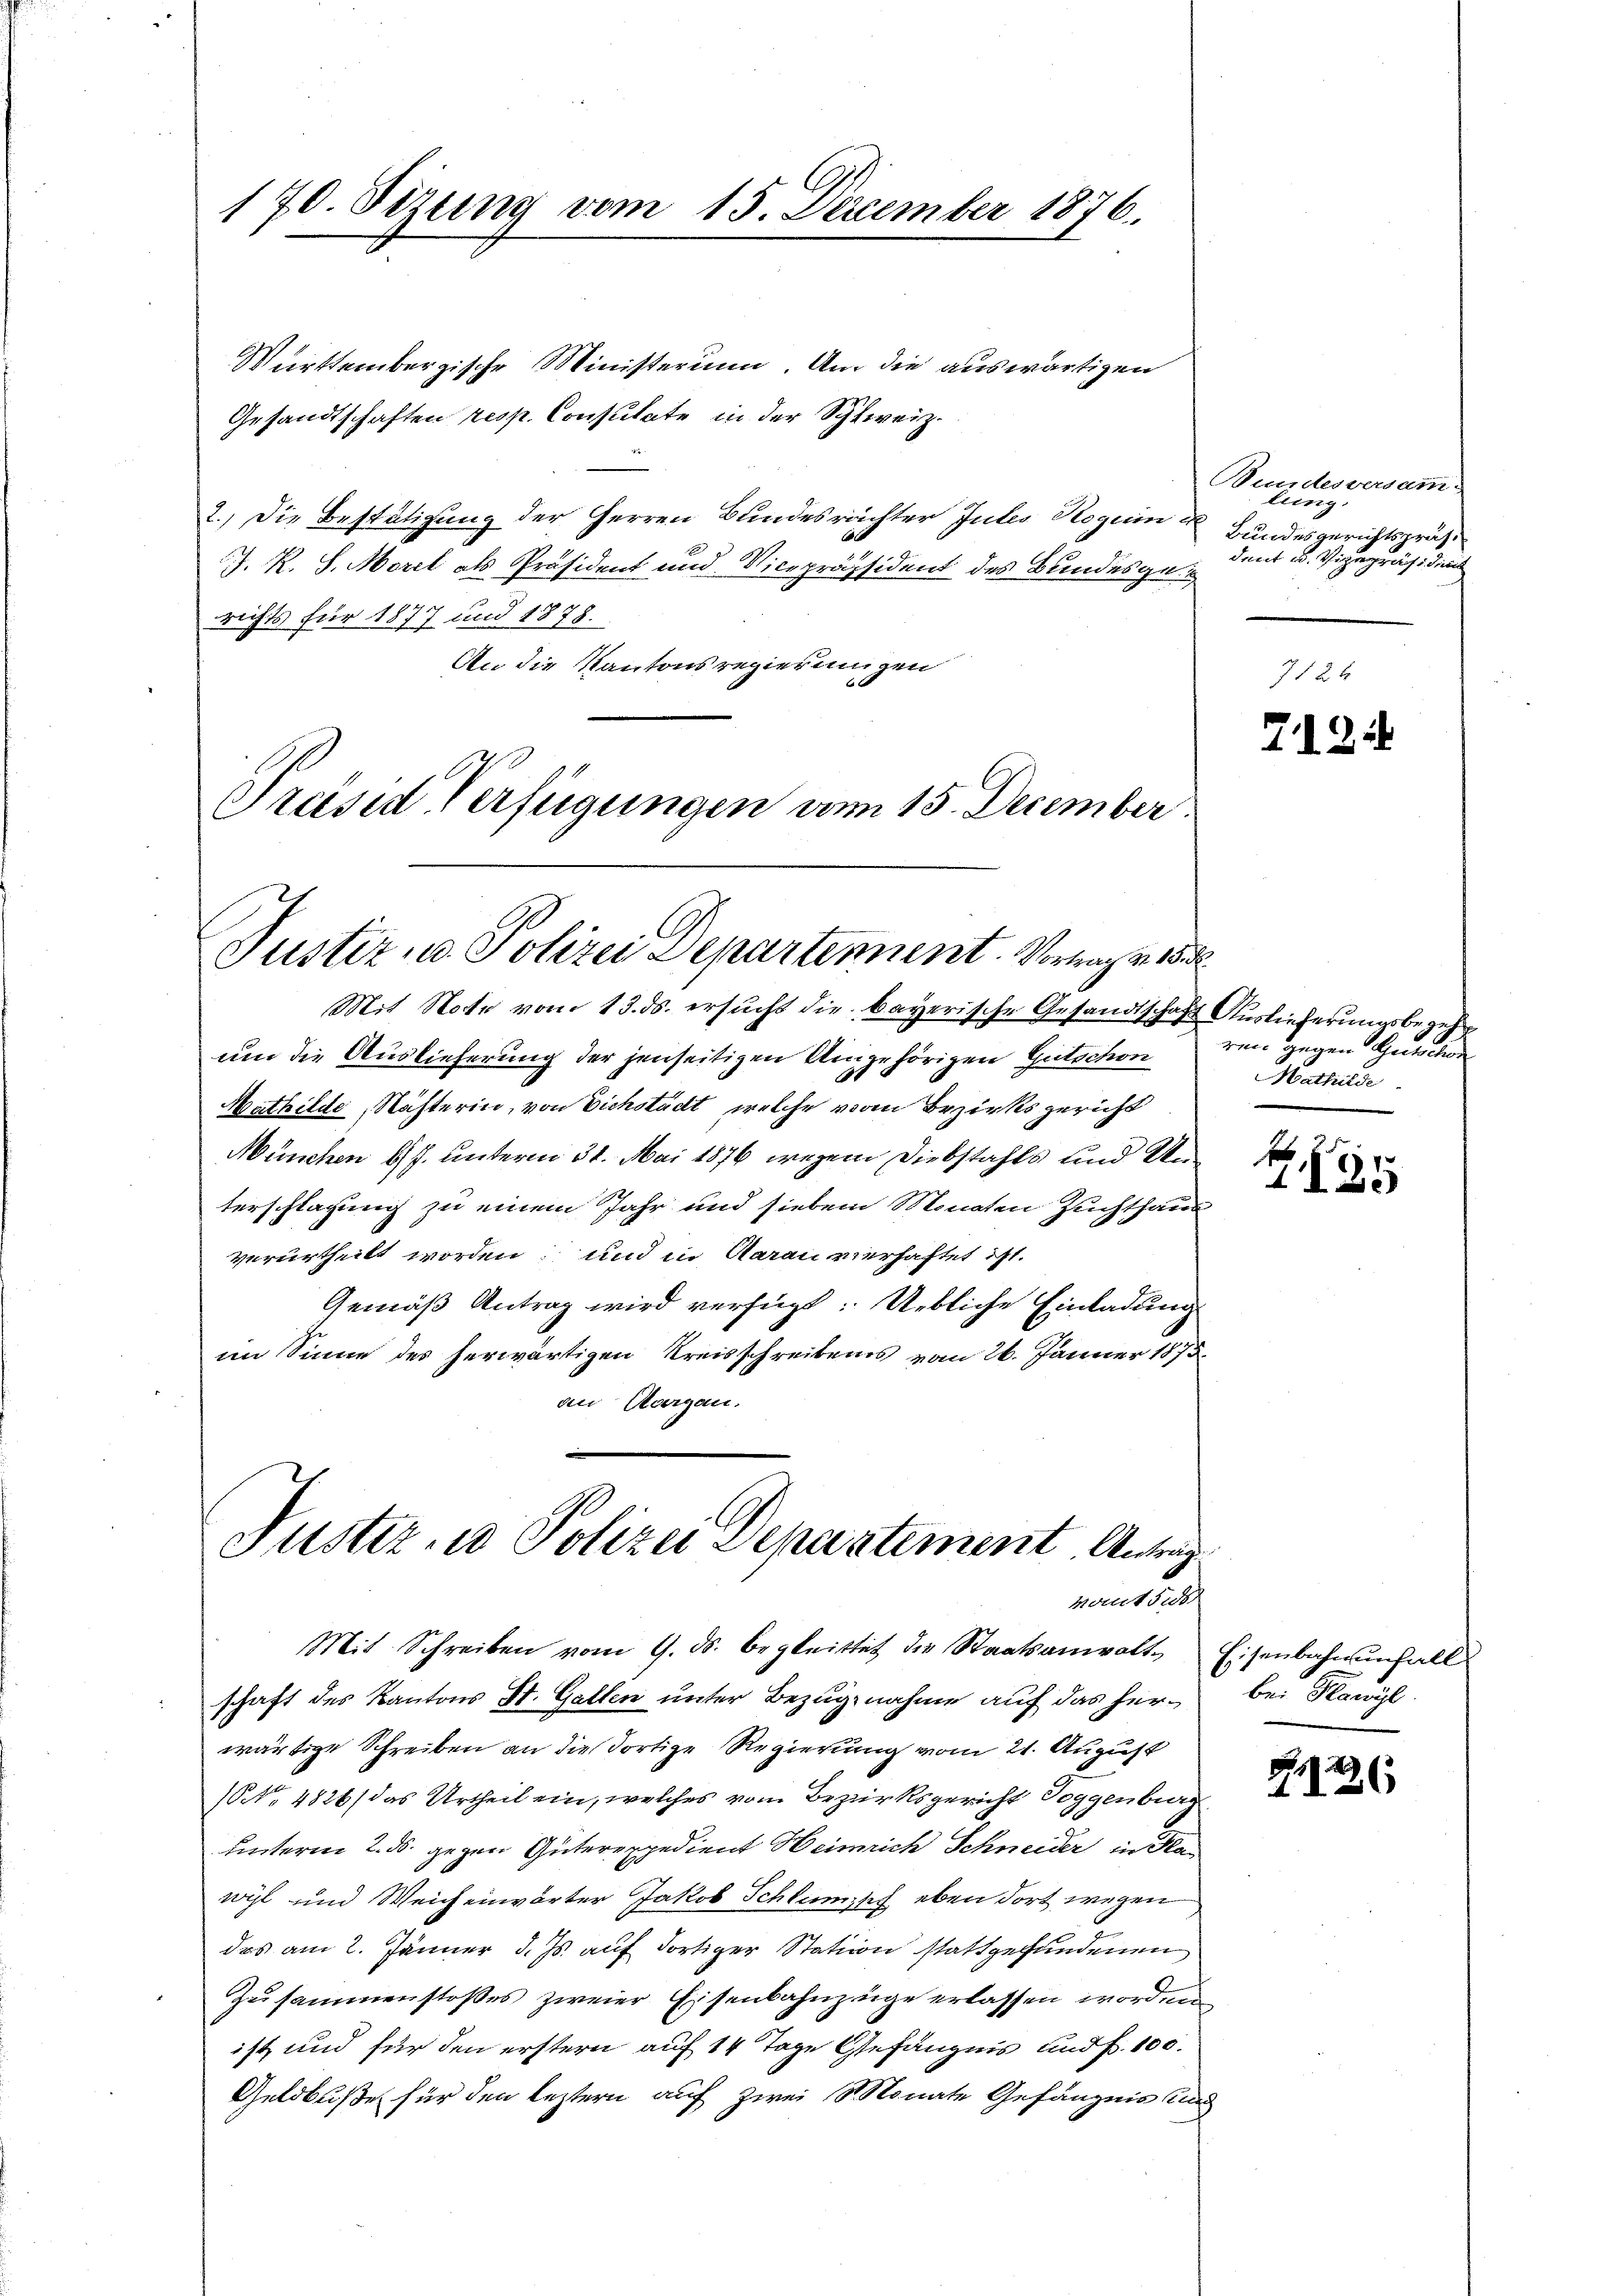
170. Sizung vom 15. Dezember 1876.

Württembergische Ministerium. An die auswärtigen
Gesandtschaften resp. Consulate in der Schweiz.
2.) Die Bestätigung der Herren Bundesrächter Intes Roguin
J. R. S. Morel als Präsident und Vicepräsident des Bundesgerichts für 1877 und 1878.
An die Kantonsregierungen
Présid Verfügungen am 15. December.

Justiz- u. Polizei Departement. Vorlage di

Mit Note vom 13. ds. ersucht die bayerische Gesandtschaft Auslieferungsbegeh
um die Auslieferung der jenseitigen Umgehörigen Gutschon
Mathilde Nächterin, von Eichstädt, welche vom Bezirksgericht
München b) J. unterm 31. Mai 1876 wegen Diebstahls und Un
terschlagung zu einem Jahr und siebei Monaten Zuchthaus
verurtheilt worden; und in Aarau verhaftet ist.
Gemäß Antrag wird verfügt: Uebliche Einladung
im Sinne des herwärtigen Kreisschreibens vom 26. Jänner 1875.
an Aargau.

Justiz- u Polizei Departement Antrag
vandid

Mit Schreiben vom 9. ds. begleittet die Staatsanwalt. Eisenbahnenfall
schaft des Kantons St. Gallen unter Bezugnahme auf das herwärtige Schreiben an die dortige Regierung vom 21. August
(NNo. 4826/ das Urtheil ein, welches vom Bezirksgericht Toggenburg
unterm 2. ds. gegen Güterexpedient Heinrich Schneider in Fla
wyl und Weichenwärter Jakob Schlumpf eben dort wegen
das am 2. Jänner d. Js. auf dortiger Station stattgefundenen
Zusammenstoßes zweier Eisenbahnzüge erlassen worden
ist, und für den erstern auf 14 Tage Gefängnis und f. 100.
Geldbuße für den leztern auf zwei Monate Gefängnis und

Bundesversamm-
lung
Bundesgerichtspräse
dant u. Vizepräsidii

7124

ren gegen Gewinn
Mathilde

x
1125

bei Handl

1236